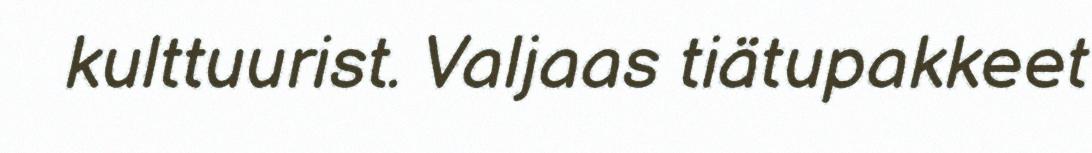
kulttuurist. Valjaas tiätupakkeet